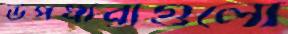
উপধারাগুলো